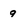
Character: 9